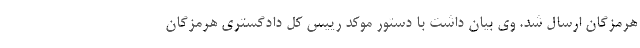
هرمزگان ارسال شد. وی بیان داشت با دستور موکد رییس کل دادگستری هرمزگان